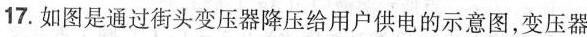
17.如图是通过街头变压器降压给用户供电的示意图，变压器